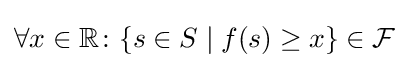
\forall x\in \mathbb {R} \colon \{s\in S\mid f(s)\geq x\}\in {\mathcal {F}}